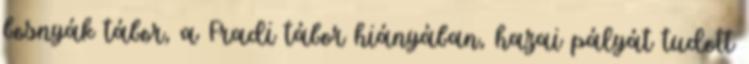
bosnyák tábor, a Fradi tábor hiányában, hazai pályát tudott